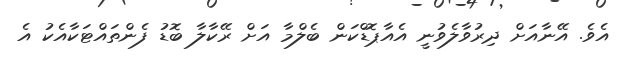
އެވެ. އޭނާއަށް ދިރުވާލެވުނީ އެއާޕޮޑްކަން ބެލްމާ އަށް ރޭކާލާ ބޮޑު ފެންތައްޓަކާއެކު އެ